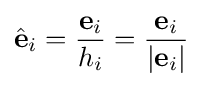
{\hat {\mathbf {e} }}_{i}={\frac {{\mathbf {e} }_{i}}{h_{i}}}={\frac {{\mathbf {e} }_{i}}{\left|{\mathbf {e} }_{i}\right|}}